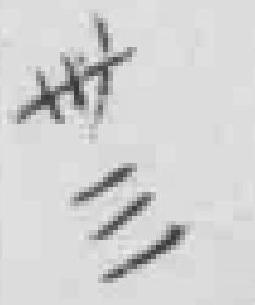
卅三